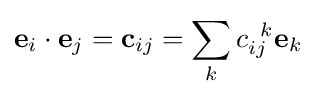
\mathbf {e} _{i}\cdot \mathbf {e} _{j}=\mathbf {c} _{ij}=\sum _{k}c_{ij}^{\;\;k}\mathbf {e} _{k}